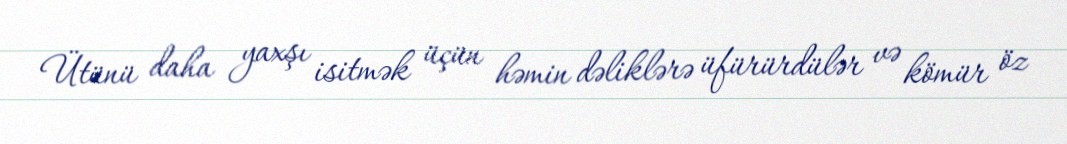
Ütünü daha yaxşı isitmək üçün həmin dəliklərə üfürürdülər və kömür öz